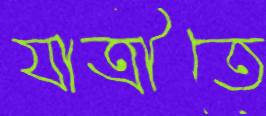
যাত্রীতে